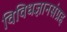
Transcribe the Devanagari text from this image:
विविधज्ञानसंग्रह